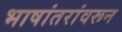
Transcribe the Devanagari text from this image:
भाषांतरांवरून